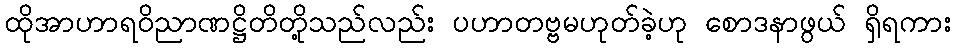
ထိုအာဟာရဝိညာဏဋ္ဌိတိတို့သည်လည်း ပဟာတဗ္ဗမဟုတ်ခဲ့ဟု စောဒနာဖွယ် ရှိရကား